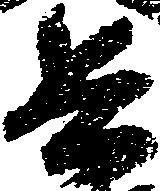
兵